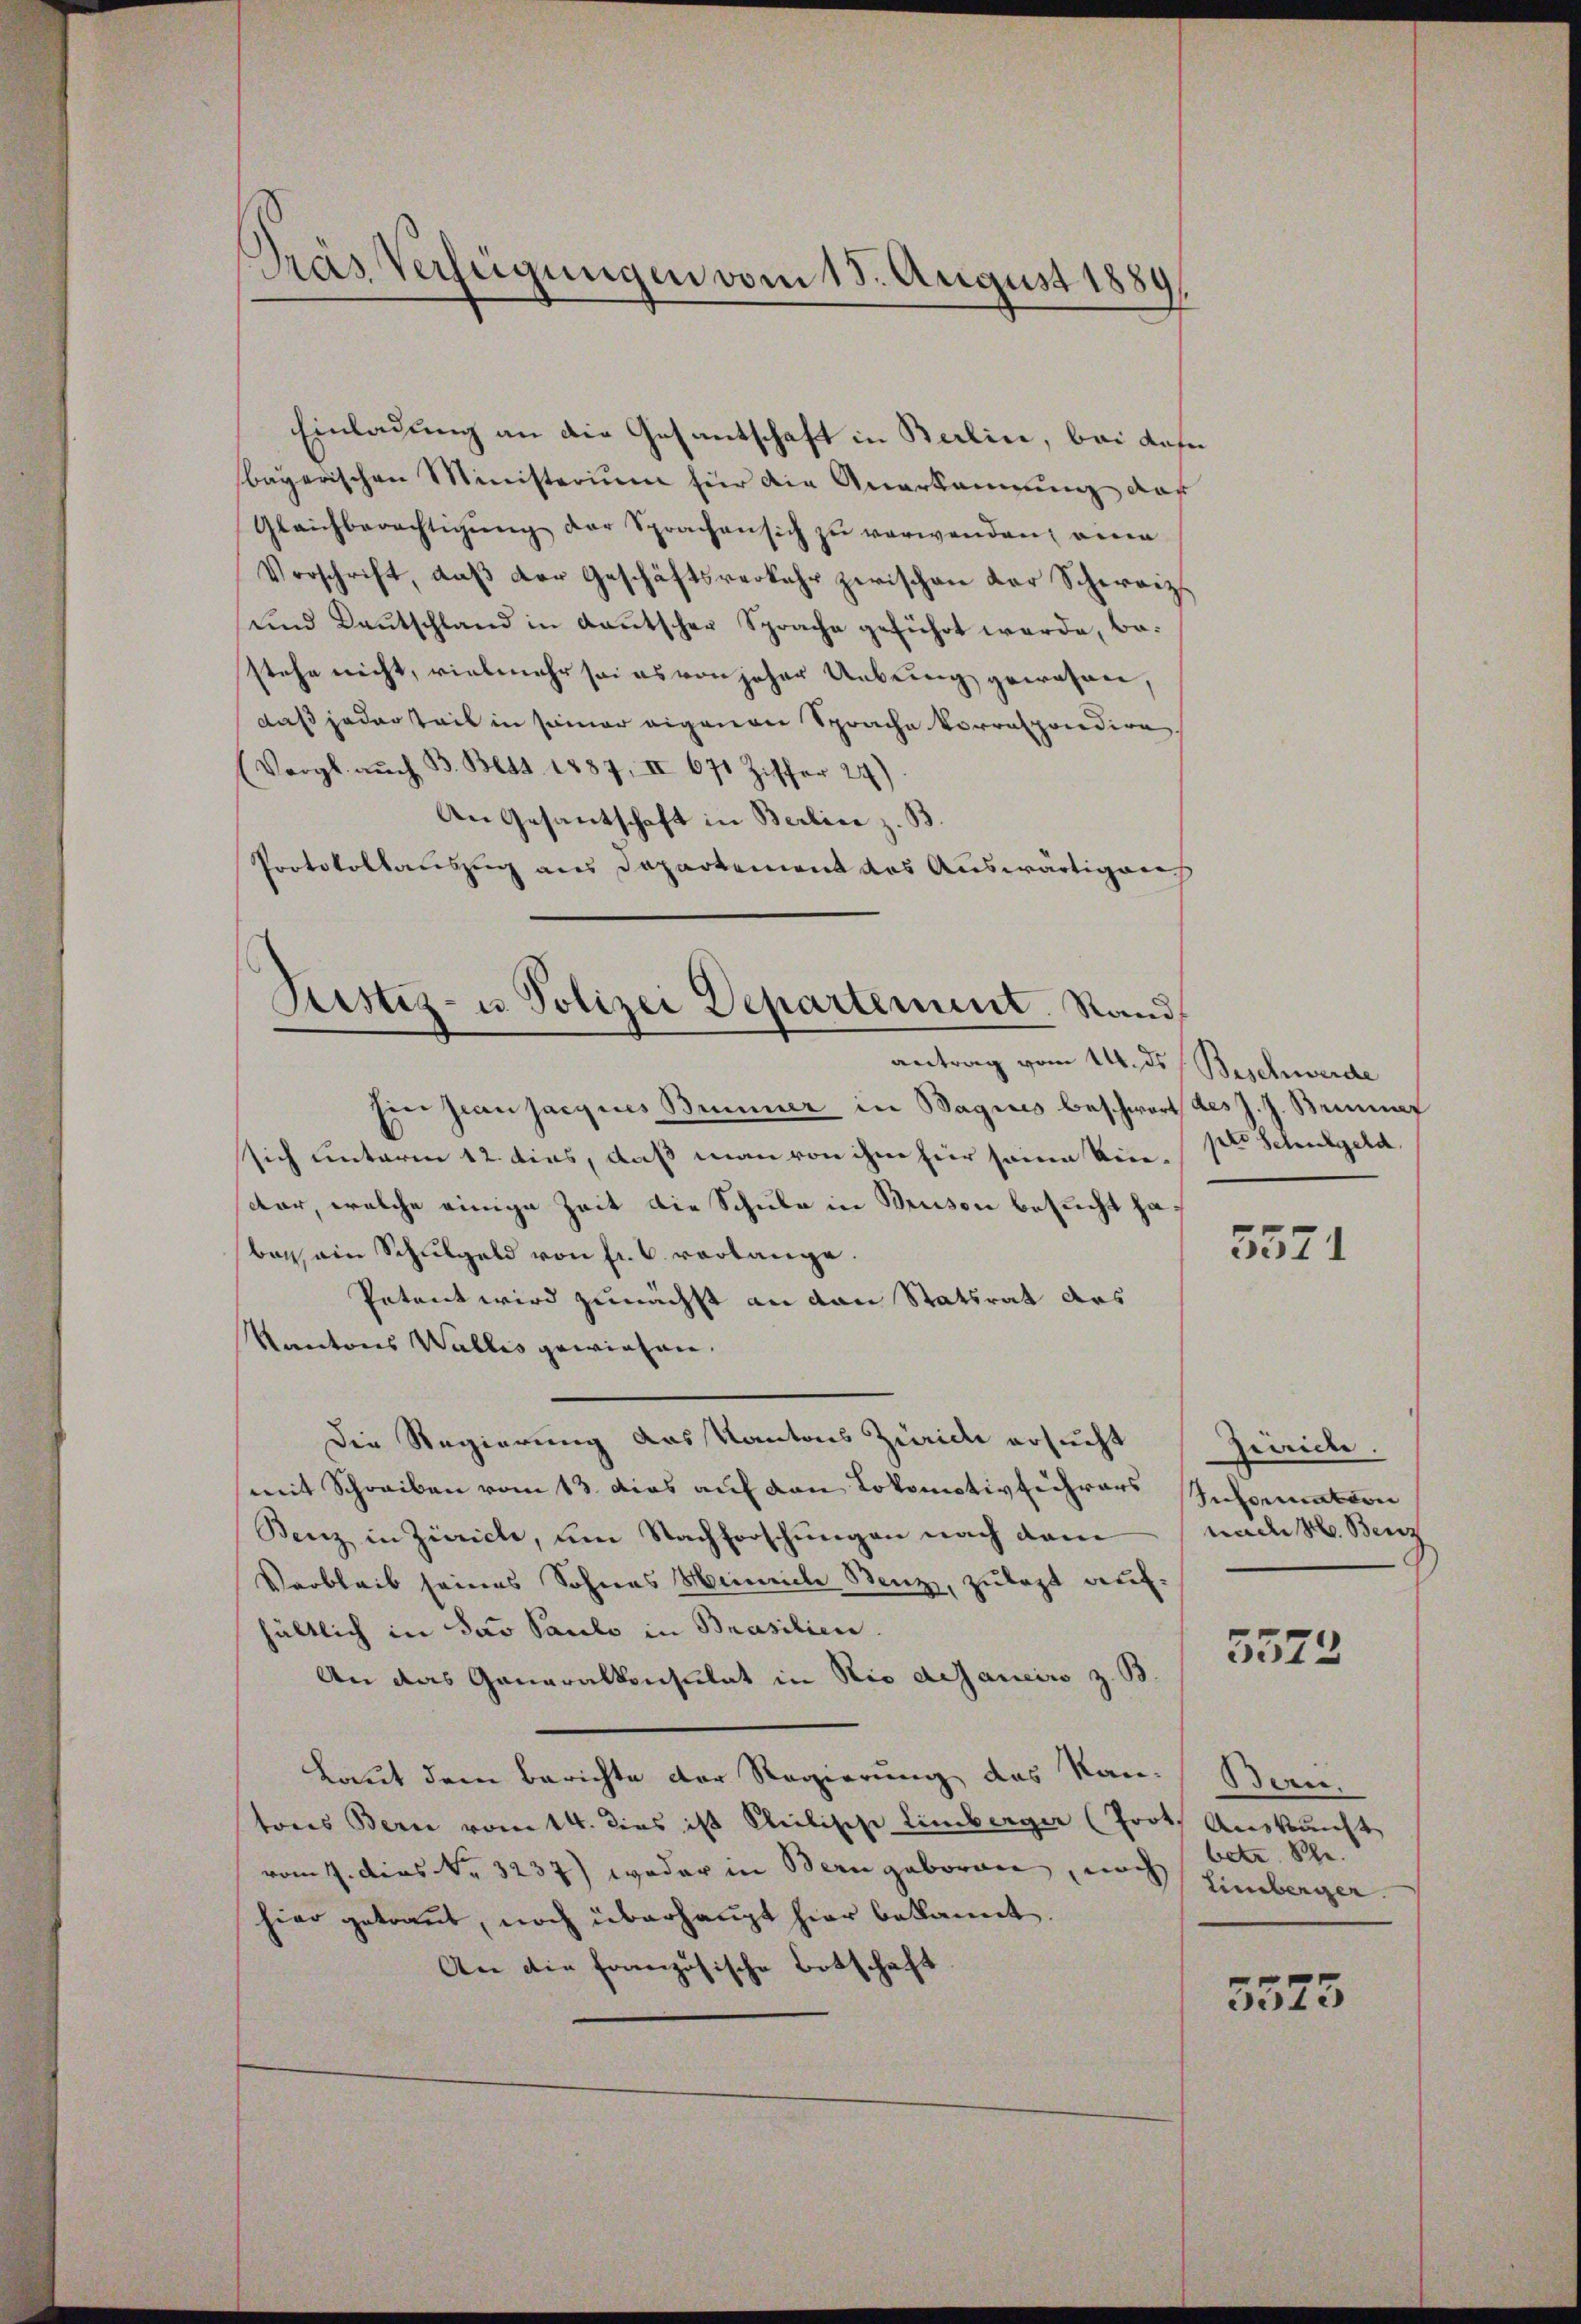
Dras Verfügungen vom 15. August 1889

Einladung an die Gesantschaft in Berlin, bei dahe
bayerischen Ministerium für die Anerkennung der
Glaichberechtigŭng der Sprachen sich zu verwenden, eine
Vorschrift, daβ der Geschäftsverkehr zwischen der Schweiz.
und Deutschland in deutscher Sprache geführt werde, be-
stehe nicht, vielmehr sei es von jeher Uebring gewesen,
daß jeder Teil in seiner eigenen Sprache Vorrespondire
Vergl. auch B. Bett. 1887, II 671 Ziffer 27)
An Gesantschaft in Berline z. B.
Protokollauszug aus Departement des Auswärtiger
antrag vom 14. ds Beschwerde
Eier Jean jargnes Bummer in Wagnes beschwort des J. J. Brief
sich unterm 12. dies, daß man von ihm hier seine Kin-
dar, welche einige Zeit die Schule in Bruson besucht haban ain Schulgeld von fr. 6. verlange.
Petent wird zunächst an den Statsrat des
Kantons Wallis gewiesen.
Die Regierung das Kantons Zürich ersucht
mit Schreiben vom 13. das auf den Lokomotivführers Anformation
Benz in Zürich, um Nachforschungen nach dam
Verbleib seines Sohnes Heinriche Benz, zulezt auf:
hältlich in das Paulo in Brasilien.
An das Generalkonsulat in Rio adjaneiro z. B.
Laut dem Berichte der Regierung des Kan-Beri
tores Bern vom 14. dies ist kleilische Limberger (Prot. Auskunft
vom 1. dies Nr. 3237) weder in Bern geboren, ins Eimberger
hier getraut, noch überhaupt hier bekannt.
An die französische Botschaft

Sistiz- u. Polizei Departement. Stand

pte Schulgeld

5571

Zürich.
nach H. Benz

5572

betr. Spe

3575